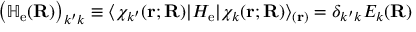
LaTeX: { \big ( } \mathbb { H } _ { \mathrm { e } } ( \mathbf { R } ) { \big ) } _ { k ^ { \prime } k } \equiv \langle \chi _ { k ^ { \prime } } ( \mathbf { r } ; \mathbf { R } ) | H _ { \mathrm { e } } | \chi _ { k } ( \mathbf { r } ; \mathbf { R } ) \rangle _ { ( \mathbf { r } ) } = \delta _ { k ^ { \prime } k } E _ { k } ( \mathbf { R } )